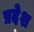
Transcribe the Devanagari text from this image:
प्रदेश